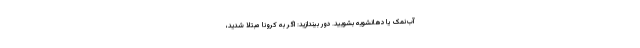
آب‌نمک یا دهانشویه بشویید. دور بیندازید: اگر به کرونا مبتلا شدید،